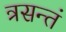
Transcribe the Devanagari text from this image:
त्रसन्तं